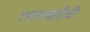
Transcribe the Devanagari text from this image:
लताबाईंची